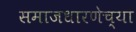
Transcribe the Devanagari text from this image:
समाजधारणेच्या